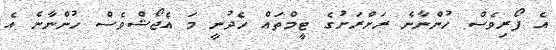
އެ ފޯރިވެސް ހުންނާނެ ރަށްރަށުގެ ޓީމްތައް ހެދުނީ މަ އެޖޯޝްވެސް ހުންނާނެ އެ